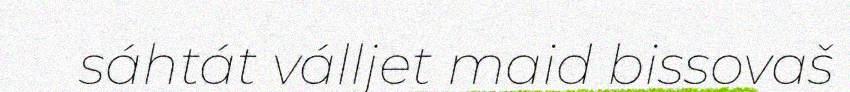
sáhtát válljet maid bissovaš